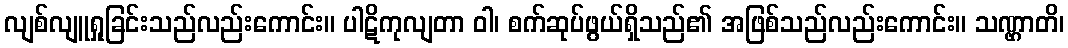
လျစ်လျူရှုခြင်းသည်လည်းကောင်း။ ပါဋိကုလျတာ ဝါ၊ စက်ဆုပ်ဖွယ်ရှိသည်၏ အဖြစ်သည်လည်းကောင်း။ သဏ္ဌာတိ၊